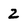
Character: z